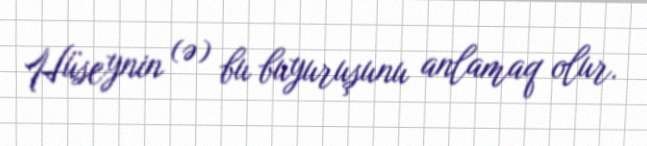
Hüseynin (ə) bu buyuruşunu anlamaq olur.